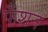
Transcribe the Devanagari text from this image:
फँशन